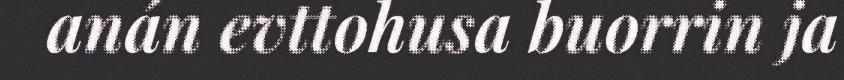
anán evttohusa buorrin ja